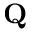
\mathbf { Q }